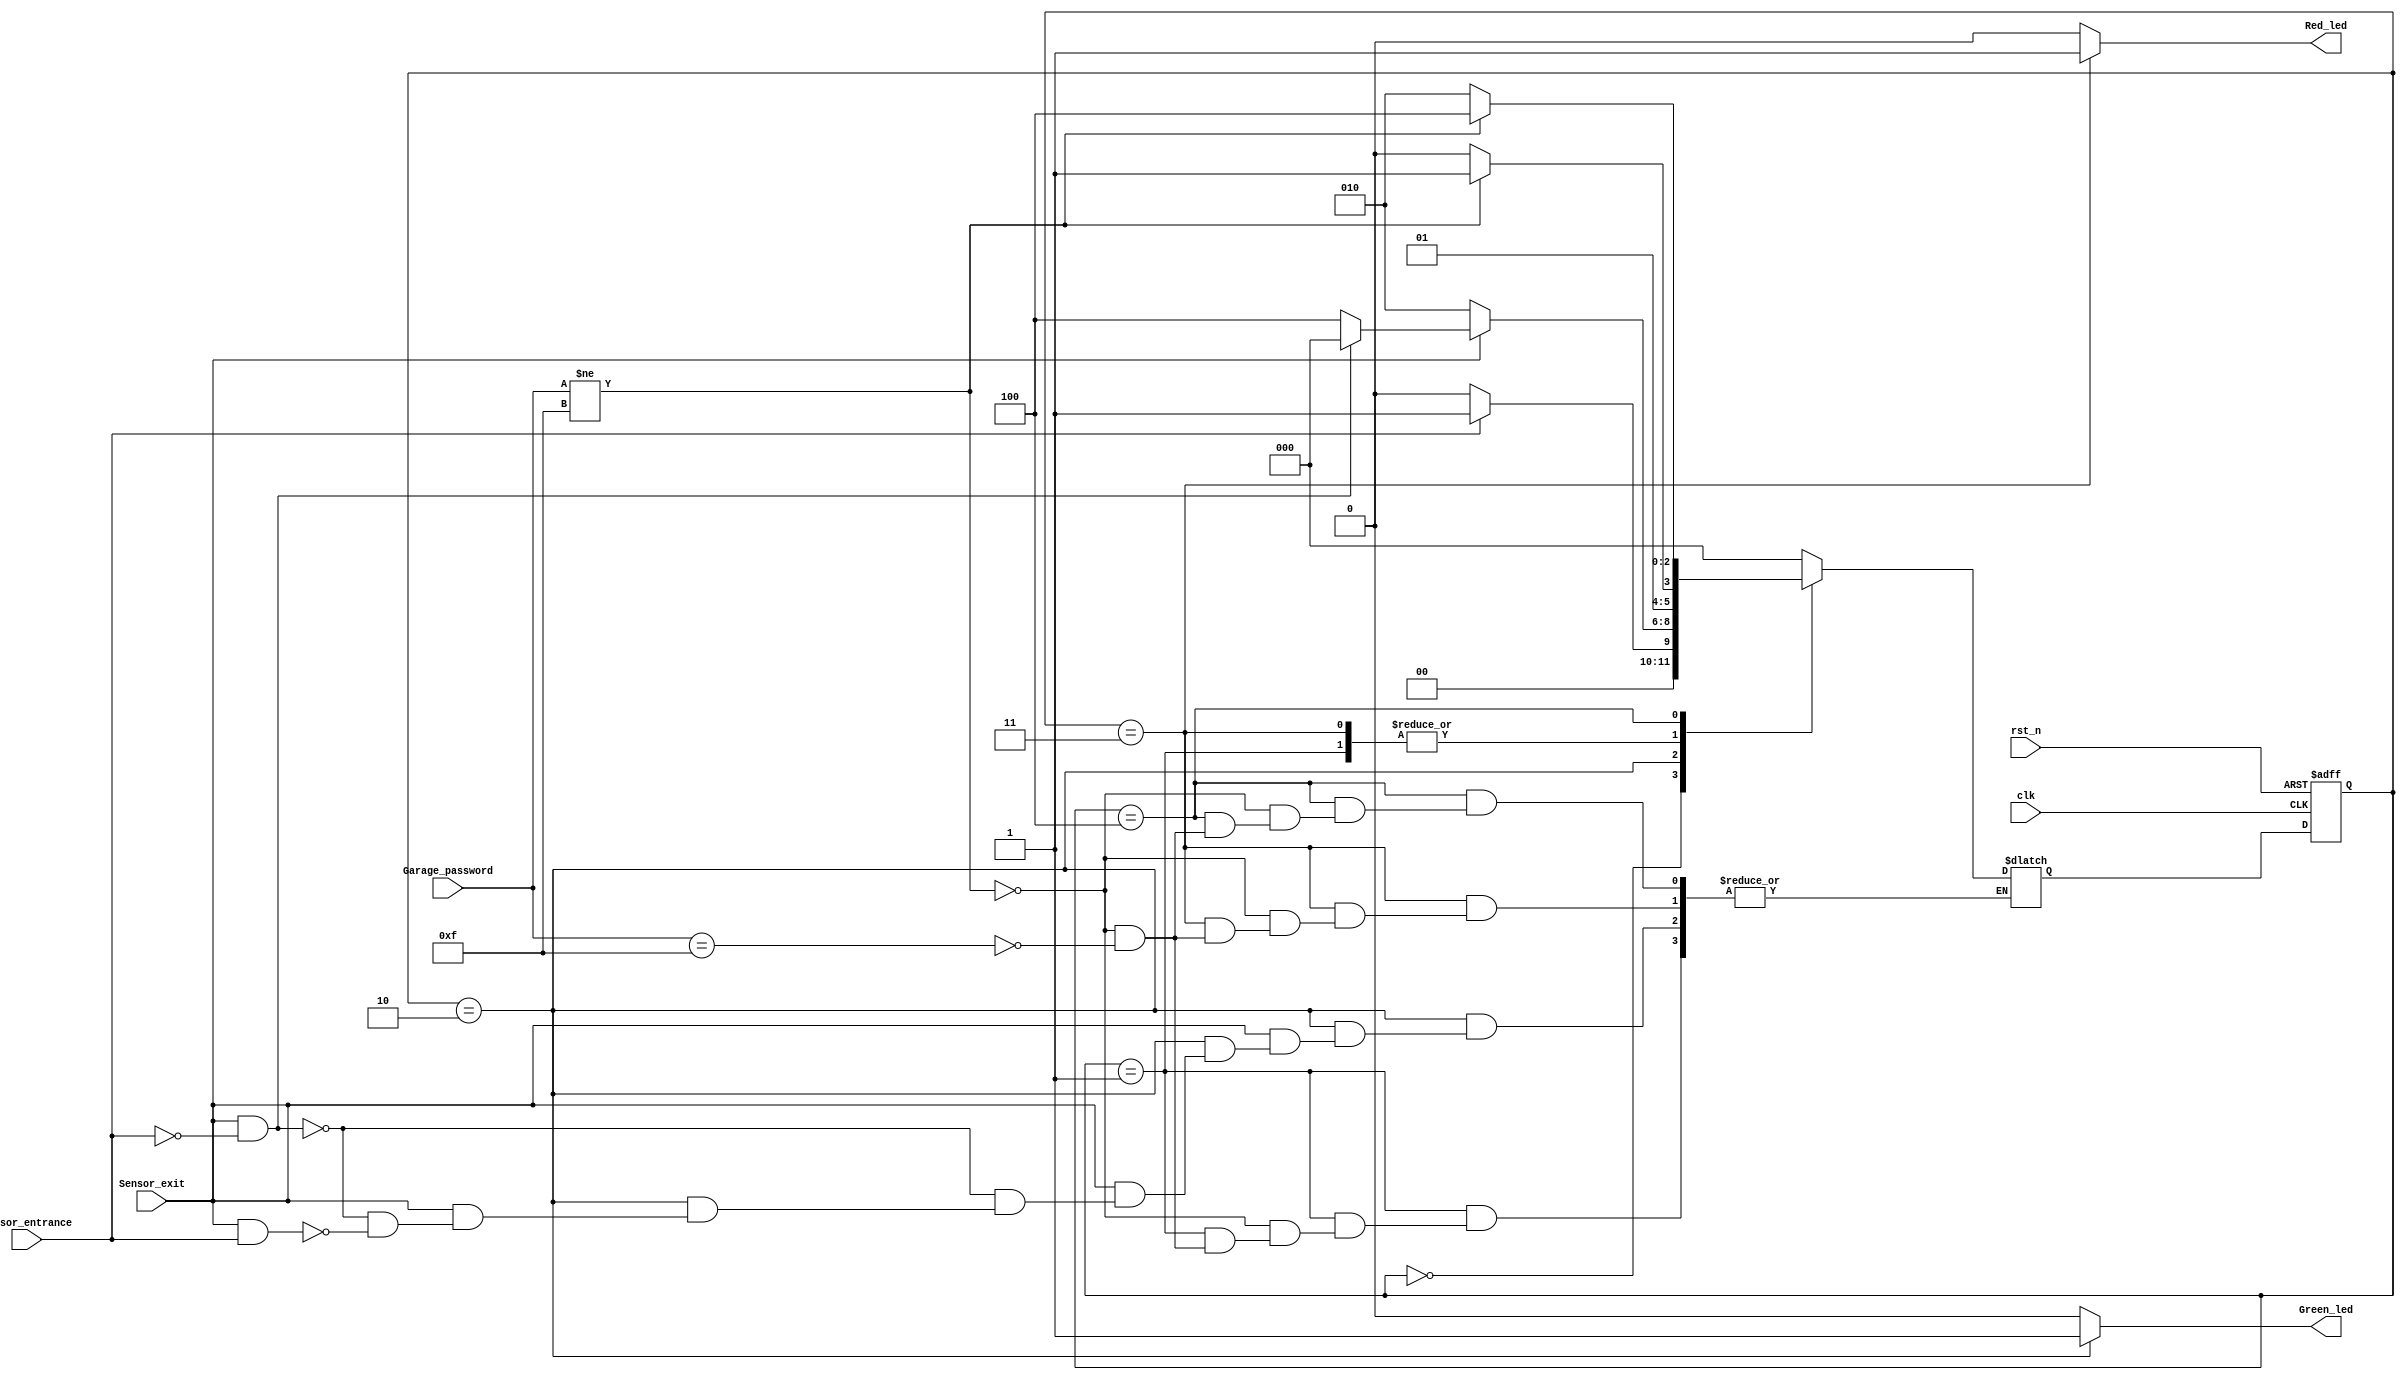
module Car_Parking_System  #(parameter PASSWORD_LENGTH = 8, GARAGE_PASS = 8'b00001111)
(
	input wire 						 clk,
	input wire 						 rst_n,
	input wire 						 Sensor_entrance,
	input wire 						 Sensor_exit,
	input wire [PASSWORD_LENGTH-1:0] Garage_password,
	output wire 					 Green_led,
	output wire 					 Red_led
);

	localparam IDLE = 3'b000,
			   WAIT_PASSWORD = 3'b001,
			   RIGHT_PASS = 3'b010,
			   WRONG_PASS = 3'b011,
			   STOP = 3'b100;
			   

	reg [2:0] CS, NS;
	
	// next state logic
	always @(*) begin
		case (CS)
			IDLE :
			begin
				if (~Sensor_entrance)
					NS = IDLE;
				else if (Sensor_entrance)
					NS = WAIT_PASSWORD;				
			end

			WAIT_PASSWORD :
			begin
				if (Garage_password != GARAGE_PASS)
					NS = WRONG_PASS;
				else if (Garage_password == GARAGE_PASS)
					NS = RIGHT_PASS;
			end

			RIGHT_PASS :
			begin
				if (~Sensor_exit)
					NS = RIGHT_PASS;
				else if (Sensor_exit && ~Sensor_entrance)
					NS = IDLE;
				else if (Sensor_exit && Sensor_entrance)
					NS = STOP;
			end

			WRONG_PASS :
			begin
				if (Garage_password != GARAGE_PASS)
					NS = WRONG_PASS;
				else if (Garage_password == GARAGE_PASS)
					NS = RIGHT_PASS;
			end

			STOP :
			begin
				if (Garage_password != GARAGE_PASS)
					NS = STOP;
				else if (Garage_password == GARAGE_PASS)
					NS = RIGHT_PASS;
			end
			default :
			begin
				NS = IDLE;
			end
		endcase
	end
	
	// state memory
	always @(posedge clk or negedge rst_n) begin
		if (~rst_n) begin
			CS <= IDLE;
		end
		else begin
			CS <= NS;
		end
	end
	// output logic
	assign Green_led = (CS == RIGHT_PASS) ? 1'b1 : 1'b0 ;
	assign Red_led = (CS == WRONG_PASS) ? 1'b1 : 1'b0 ;

endmodule